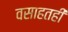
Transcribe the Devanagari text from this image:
वसाहतही